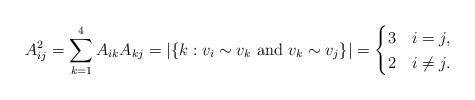
LaTeX: \begin{align*}A^2_{ij} = \sum_{k = 1}^4 A_{ik} A_{kj} = |\{k : v_i \sim v_k \text{ and } v_k \sim v_j\}| = \begin{cases}3 & i = j,\\2 & i \neq j.\end{cases}\end{align*}